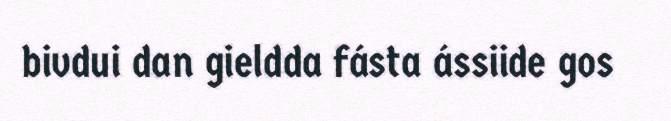
bivdui dan gieldda fásta ássiide gos